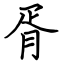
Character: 胥